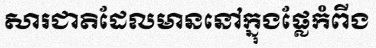
សារជាតិដែលមាននៅក្នុងផ្លែកំពីង